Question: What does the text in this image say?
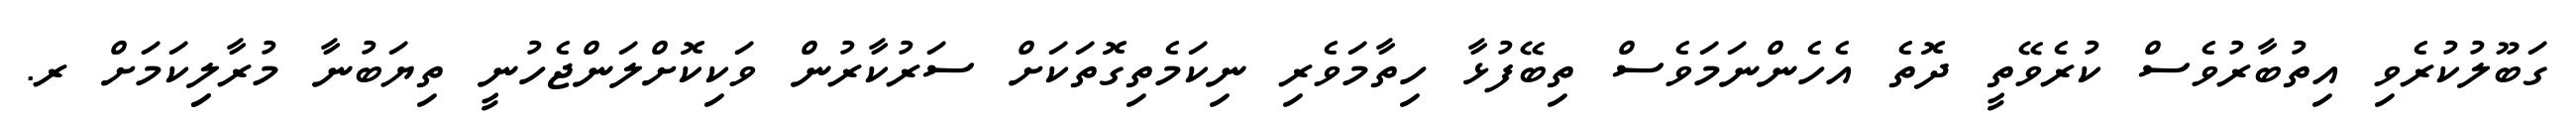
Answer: ގަބޫލުކުރެވި އިތުބާރުވެސް ކުރެވޭތީ ދޮތެ އެހެންނަމަވެސް ތިބޭފުޅާ ހިތާމަވެރި ނިކަމެތިގޮތަކަށް ސަރުކާރުން ވަކިކޮށްލަންޖެހުނީ ތިޔަބުނާ މުރާލިިކަމަށް ރ.